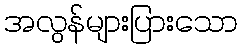
အလွန်များပြားသော